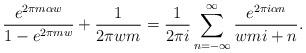
LaTeX: \begin{align*} \displaystyle\frac{e^{2\pi m \alpha w}}{ 1-e^{2\pi m w}} +\frac{1}{ 2 \pi w m}= \frac{1}{2 \pi i}\sum_{n=-\infty }^{\infty } \frac{e^{2\pi i \alpha n}}{wmi +n}. \\ \end{align*}